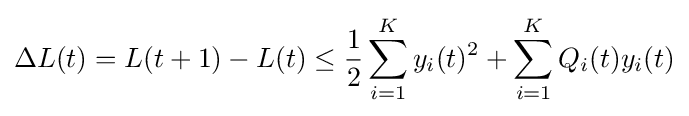
\Delta L(t)=L(t+1)-L(t)\leq {\frac {1}{2}}\sum _{i=1}^{K}y_{i}(t)^{2}+\sum _{i=1}^{K}Q_{i}(t)y_{i}(t)